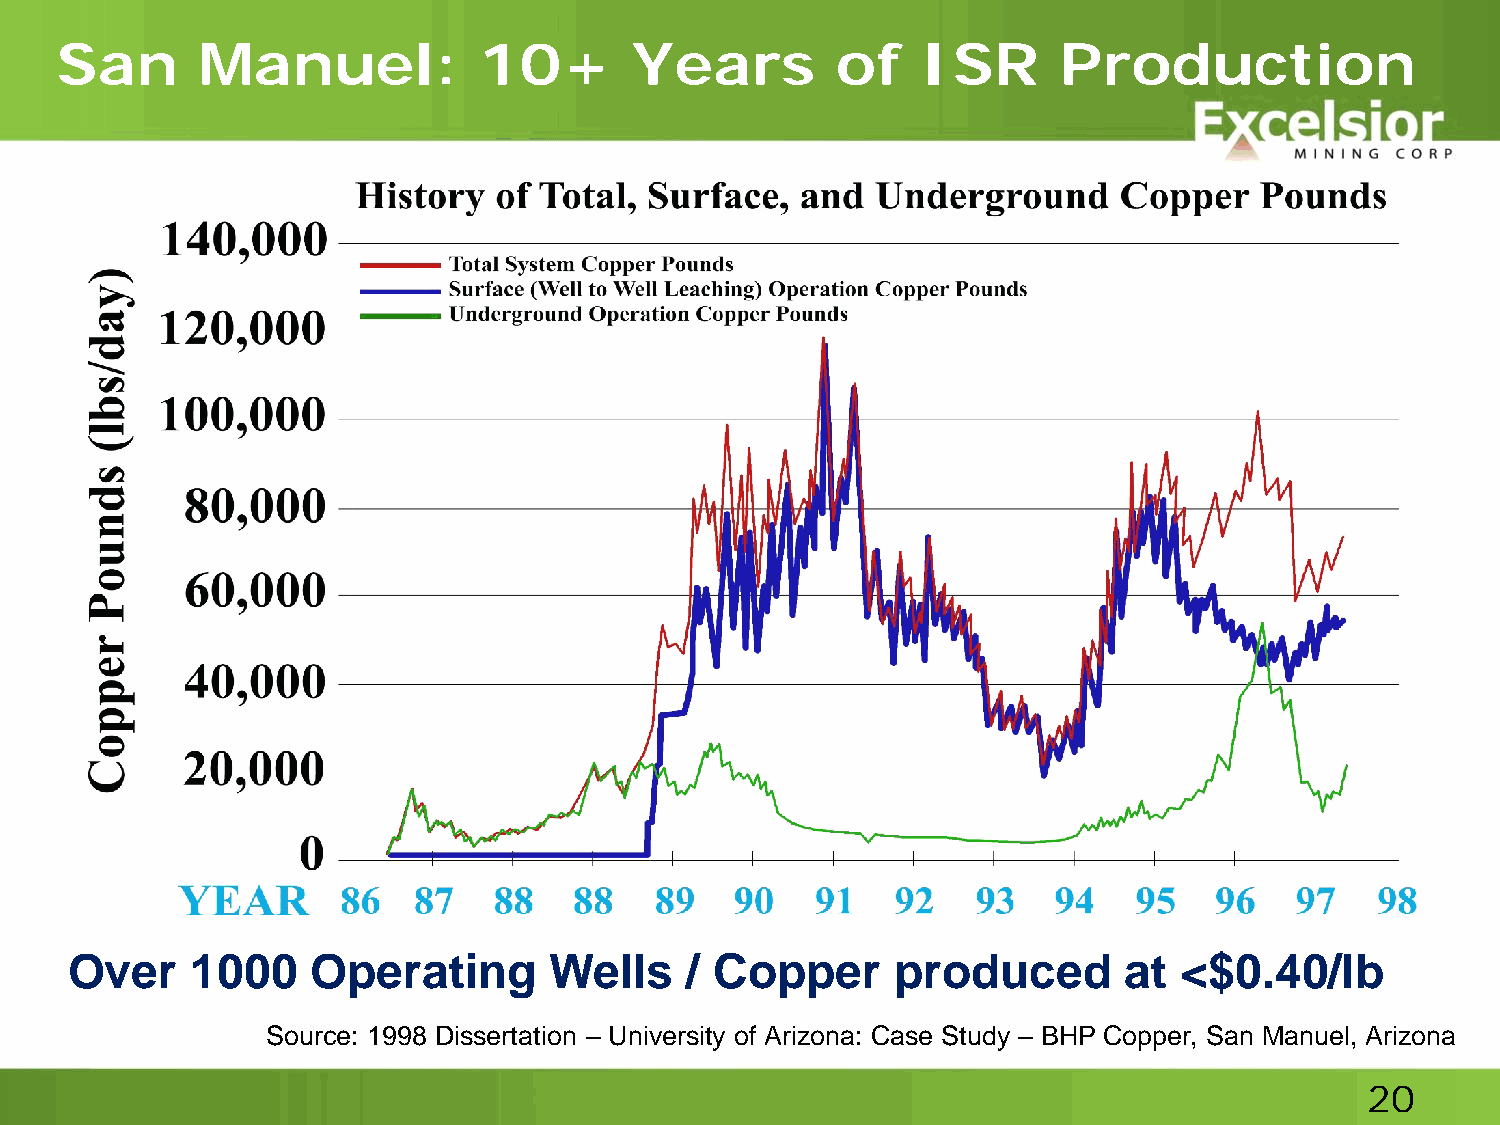
San      Manuel:            10+       Years        of    ISR      Production
 Over    1000    Operating      Wells    / Copper      produced       at  <$0.40/lb
 Source: 1998 Dissertation – University of Arizona: Case Study – BHP Copper, San Manuel, Arizona
 20